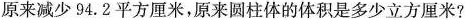
原来减少94.2平方厘米，原来圆柱体的体积是多少立方厘米?